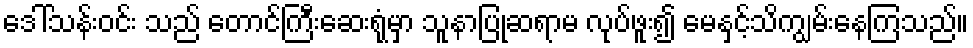
ဒေါ်သန်းဝင်း သည် တောင်ကြီးဆေးရုံမှာ သူနာပြုဆရာမ လုပ်ဖူး၍ မေနှင့်သိကျွမ်းနေကြသည်။